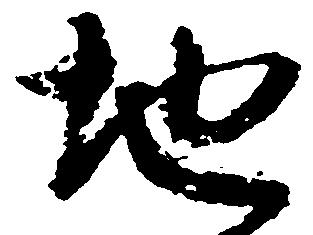
地